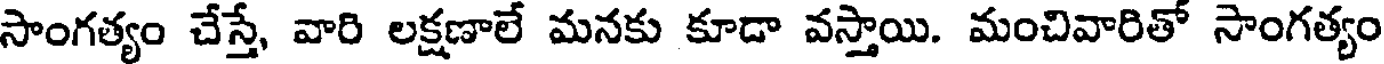
సాంగత్యం చేస్తే, వారి లక్షణాలే మనకు కూడా వస్తాయి. మంచివారితో సాంగత్యం